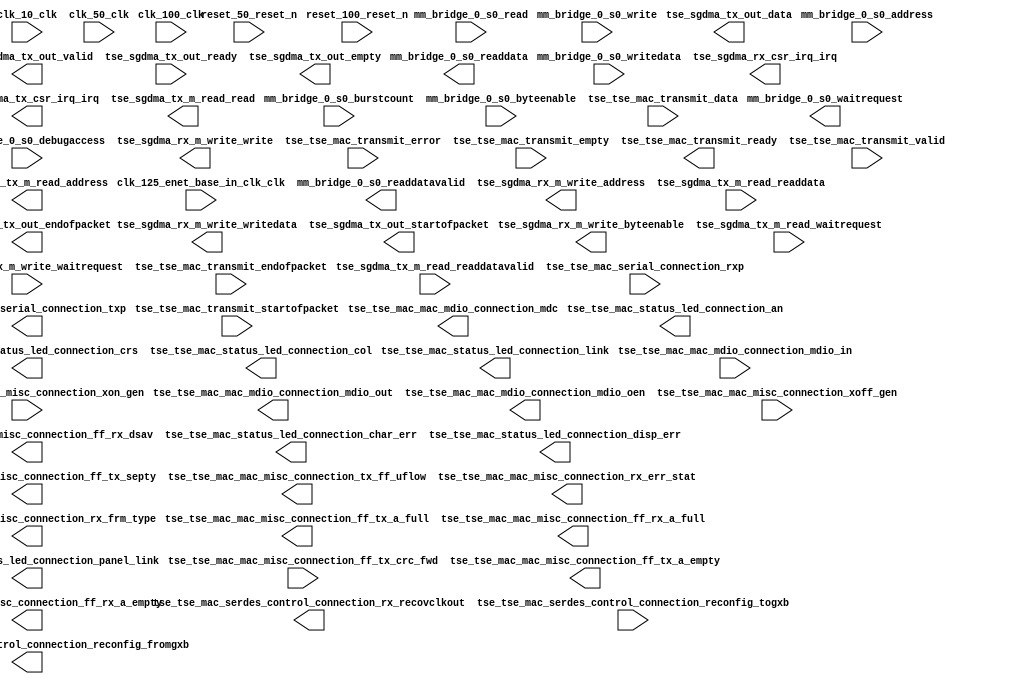

module tse_w_sfp_simple_2_intercon (
	clk_10_clk,
	clk_100_clk,
	clk_125_enet_base_in_clk_clk,
	clk_50_clk,
	mm_bridge_0_s0_waitrequest,
	mm_bridge_0_s0_readdata,
	mm_bridge_0_s0_readdatavalid,
	mm_bridge_0_s0_burstcount,
	mm_bridge_0_s0_writedata,
	mm_bridge_0_s0_address,
	mm_bridge_0_s0_write,
	mm_bridge_0_s0_read,
	mm_bridge_0_s0_byteenable,
	mm_bridge_0_s0_debugaccess,
	reset_100_reset_n,
	reset_50_reset_n,
	tse_sgdma_rx_csr_irq_irq,
	tse_sgdma_rx_m_write_waitrequest,
	tse_sgdma_rx_m_write_address,
	tse_sgdma_rx_m_write_write,
	tse_sgdma_rx_m_write_writedata,
	tse_sgdma_rx_m_write_byteenable,
	tse_sgdma_tx_csr_irq_irq,
	tse_sgdma_tx_m_read_readdata,
	tse_sgdma_tx_m_read_readdatavalid,
	tse_sgdma_tx_m_read_waitrequest,
	tse_sgdma_tx_m_read_address,
	tse_sgdma_tx_m_read_read,
	tse_sgdma_tx_out_data,
	tse_sgdma_tx_out_valid,
	tse_sgdma_tx_out_ready,
	tse_sgdma_tx_out_endofpacket,
	tse_sgdma_tx_out_startofpacket,
	tse_sgdma_tx_out_empty,
	tse_tse_mac_mac_mdio_connection_mdc,
	tse_tse_mac_mac_mdio_connection_mdio_in,
	tse_tse_mac_mac_mdio_connection_mdio_out,
	tse_tse_mac_mac_mdio_connection_mdio_oen,
	tse_tse_mac_mac_misc_connection_xon_gen,
	tse_tse_mac_mac_misc_connection_xoff_gen,
	tse_tse_mac_mac_misc_connection_ff_tx_crc_fwd,
	tse_tse_mac_mac_misc_connection_ff_tx_septy,
	tse_tse_mac_mac_misc_connection_tx_ff_uflow,
	tse_tse_mac_mac_misc_connection_ff_tx_a_full,
	tse_tse_mac_mac_misc_connection_ff_tx_a_empty,
	tse_tse_mac_mac_misc_connection_rx_err_stat,
	tse_tse_mac_mac_misc_connection_rx_frm_type,
	tse_tse_mac_mac_misc_connection_ff_rx_dsav,
	tse_tse_mac_mac_misc_connection_ff_rx_a_full,
	tse_tse_mac_mac_misc_connection_ff_rx_a_empty,
	tse_tse_mac_serdes_control_connection_rx_recovclkout,
	tse_tse_mac_serdes_control_connection_reconfig_togxb,
	tse_tse_mac_serdes_control_connection_reconfig_fromgxb,
	tse_tse_mac_serial_connection_rxp,
	tse_tse_mac_serial_connection_txp,
	tse_tse_mac_status_led_connection_crs,
	tse_tse_mac_status_led_connection_link,
	tse_tse_mac_status_led_connection_panel_link,
	tse_tse_mac_status_led_connection_col,
	tse_tse_mac_status_led_connection_an,
	tse_tse_mac_status_led_connection_char_err,
	tse_tse_mac_status_led_connection_disp_err,
	tse_tse_mac_transmit_data,
	tse_tse_mac_transmit_endofpacket,
	tse_tse_mac_transmit_error,
	tse_tse_mac_transmit_empty,
	tse_tse_mac_transmit_ready,
	tse_tse_mac_transmit_startofpacket,
	tse_tse_mac_transmit_valid);	

	input		clk_10_clk;
	input		clk_100_clk;
	input		clk_125_enet_base_in_clk_clk;
	input		clk_50_clk;
	output		mm_bridge_0_s0_waitrequest;
	output	[31:0]	mm_bridge_0_s0_readdata;
	output		mm_bridge_0_s0_readdatavalid;
	input	[0:0]	mm_bridge_0_s0_burstcount;
	input	[31:0]	mm_bridge_0_s0_writedata;
	input	[18:0]	mm_bridge_0_s0_address;
	input		mm_bridge_0_s0_write;
	input		mm_bridge_0_s0_read;
	input	[3:0]	mm_bridge_0_s0_byteenable;
	input		mm_bridge_0_s0_debugaccess;
	input		reset_100_reset_n;
	input		reset_50_reset_n;
	output		tse_sgdma_rx_csr_irq_irq;
	input		tse_sgdma_rx_m_write_waitrequest;
	output	[31:0]	tse_sgdma_rx_m_write_address;
	output		tse_sgdma_rx_m_write_write;
	output	[31:0]	tse_sgdma_rx_m_write_writedata;
	output	[3:0]	tse_sgdma_rx_m_write_byteenable;
	output		tse_sgdma_tx_csr_irq_irq;
	input	[31:0]	tse_sgdma_tx_m_read_readdata;
	input		tse_sgdma_tx_m_read_readdatavalid;
	input		tse_sgdma_tx_m_read_waitrequest;
	output	[31:0]	tse_sgdma_tx_m_read_address;
	output		tse_sgdma_tx_m_read_read;
	output	[31:0]	tse_sgdma_tx_out_data;
	output		tse_sgdma_tx_out_valid;
	input		tse_sgdma_tx_out_ready;
	output		tse_sgdma_tx_out_endofpacket;
	output		tse_sgdma_tx_out_startofpacket;
	output	[1:0]	tse_sgdma_tx_out_empty;
	output		tse_tse_mac_mac_mdio_connection_mdc;
	input		tse_tse_mac_mac_mdio_connection_mdio_in;
	output		tse_tse_mac_mac_mdio_connection_mdio_out;
	output		tse_tse_mac_mac_mdio_connection_mdio_oen;
	input		tse_tse_mac_mac_misc_connection_xon_gen;
	input		tse_tse_mac_mac_misc_connection_xoff_gen;
	input		tse_tse_mac_mac_misc_connection_ff_tx_crc_fwd;
	output		tse_tse_mac_mac_misc_connection_ff_tx_septy;
	output		tse_tse_mac_mac_misc_connection_tx_ff_uflow;
	output		tse_tse_mac_mac_misc_connection_ff_tx_a_full;
	output		tse_tse_mac_mac_misc_connection_ff_tx_a_empty;
	output	[17:0]	tse_tse_mac_mac_misc_connection_rx_err_stat;
	output	[3:0]	tse_tse_mac_mac_misc_connection_rx_frm_type;
	output		tse_tse_mac_mac_misc_connection_ff_rx_dsav;
	output		tse_tse_mac_mac_misc_connection_ff_rx_a_full;
	output		tse_tse_mac_mac_misc_connection_ff_rx_a_empty;
	output		tse_tse_mac_serdes_control_connection_rx_recovclkout;
	input	[139:0]	tse_tse_mac_serdes_control_connection_reconfig_togxb;
	output	[91:0]	tse_tse_mac_serdes_control_connection_reconfig_fromgxb;
	input		tse_tse_mac_serial_connection_rxp;
	output		tse_tse_mac_serial_connection_txp;
	output		tse_tse_mac_status_led_connection_crs;
	output		tse_tse_mac_status_led_connection_link;
	output		tse_tse_mac_status_led_connection_panel_link;
	output		tse_tse_mac_status_led_connection_col;
	output		tse_tse_mac_status_led_connection_an;
	output		tse_tse_mac_status_led_connection_char_err;
	output		tse_tse_mac_status_led_connection_disp_err;
	input	[31:0]	tse_tse_mac_transmit_data;
	input		tse_tse_mac_transmit_endofpacket;
	input		tse_tse_mac_transmit_error;
	input	[1:0]	tse_tse_mac_transmit_empty;
	output		tse_tse_mac_transmit_ready;
	input		tse_tse_mac_transmit_startofpacket;
	input		tse_tse_mac_transmit_valid;
endmodule